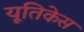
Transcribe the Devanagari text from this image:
यूतिकेस